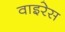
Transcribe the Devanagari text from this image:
वाइरेस